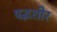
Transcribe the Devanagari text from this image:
पद्धशीर